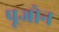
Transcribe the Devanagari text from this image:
पूजोन